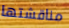
مناقشتها